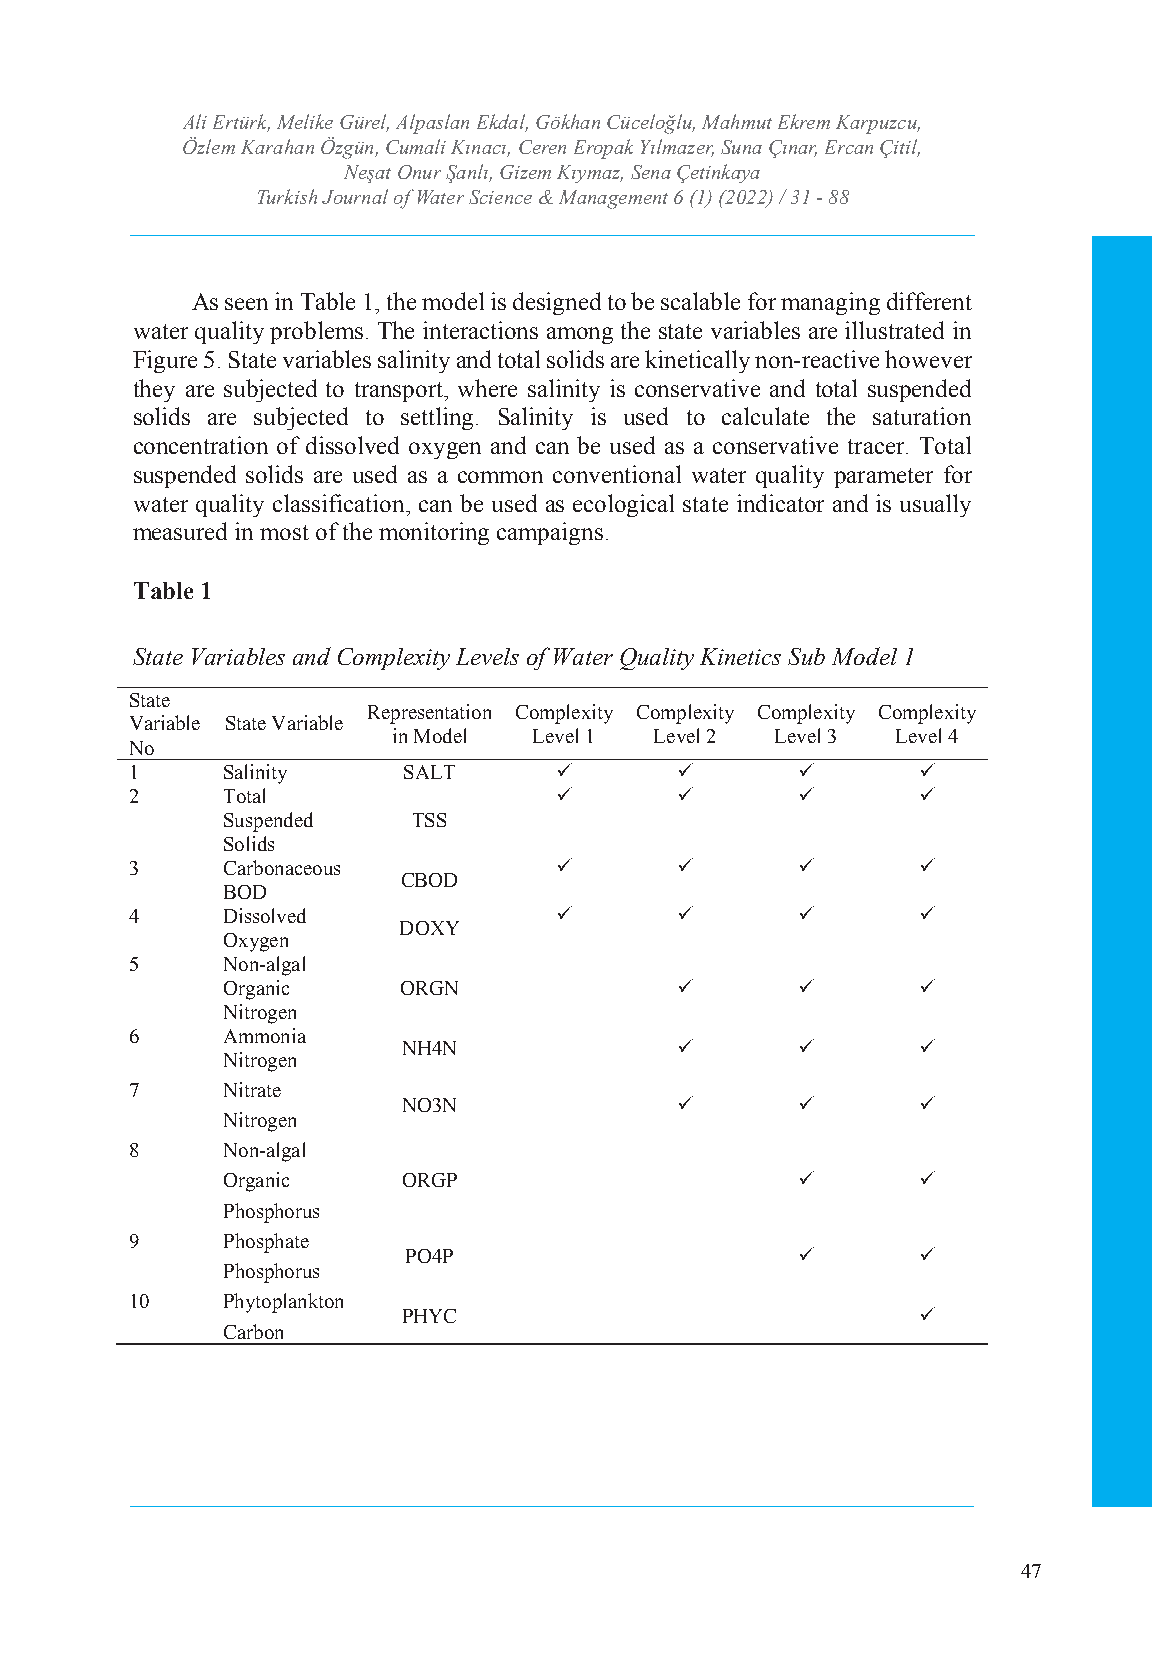
Ali Ertürk, Melike GTüurrekli,s Ahl pJoauslranna lE okfd Wala, tGerö Skhciaenn cCeü &ce lMoğalnua, gMemahemntut Ekrem Karpuzcu,
 Özlem Karahan Özgün, CumIaSlSiN K: ı2n5a36c ı4,7 C4Xe r/e en-I SESrNo:p 2a5k6 4Y-7ıl3m34azer, Suna Çınar, Ercan Çitil,
 Neşat Onur Şanlı, Gizem Kıymaz, Sena Çetinkaya
 Volume: 6 Issue: 1 Year: 2022
 Turkish Journal of Water Science & Management 6 (1) (2022) / 31 - 88
 As seen in Table 1, the model is designed to be scalable for managing different
 water quality problems. The interactions among the state variables are illustrated in
 Figure 5. State variables salinity and total solids are kinetically non-reactive however
 they are subjected to transport, where salinity is conservative and total suspended
 solids are subjected to settling. Salinity is used to calculate the saturation
 concentration of dissolved oxygen and can be used as a conservative tracer. Total
 suspended solids are used as a common conventional water quality parameter for
 water quality classification, can be used as ecological state indicator and is usually
 measured in most of the monitoring campaigns.
 Table 1
 State Variables and Complexity Levels of Water Quality Kinetics Sub Model 1
 State
 Representation Complexity Complexity Complexity Complexity
 Variable State Variable
 in Model Level 1 Level 2 Level 3 Level 4
 No
 1     Salinity    SALT                           
 2     Total                                      
 Suspended   TSS
 Solids
 3     Carbonaceous                               
 CBOD
 BOD
 4     Dissolved                                  
 DOXY
 Oxygen
 5     Non-algal
 Organic    ORGN                             
 Nitrogen
 6     Ammonia
 NH4N                            
 Nitrogen
 7     Nitrate
 NO3N                            
 Nitrogen
 8     Non-algal
 Organic     ORGP                             
 Phosphorus
 9     Phosphate
 PO4P                             
 Phosphorus
 10    Phytoplankton
 PHYC                              
 Carbon
 47